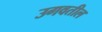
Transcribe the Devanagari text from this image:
उगवतील